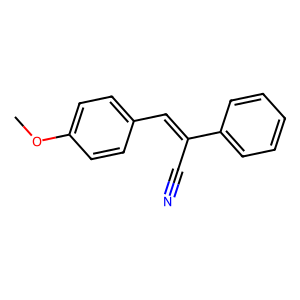
SMILES: COc1ccc(C=C(C#N)c2ccccc2)cc1
Inhibits HIV replication: No